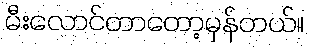
မီးလောင်တာတော့မှန်တယ်။